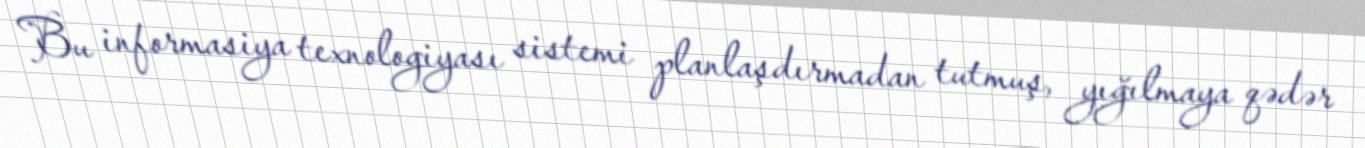
Bu informasiya texnologiyası sistemi planlaşdırmadan tutmuş, yığılmaya qədər